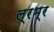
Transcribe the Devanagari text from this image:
ल्रभ्र